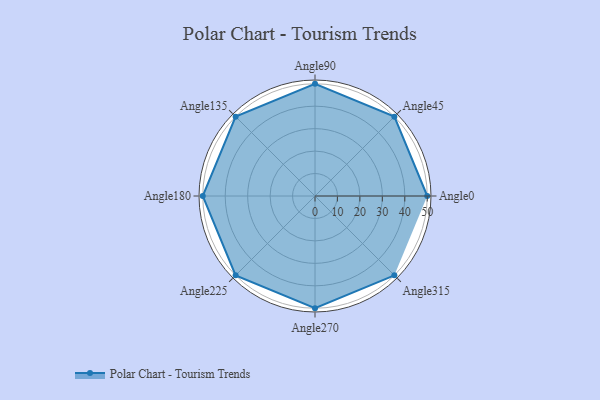
{"axis": {"x": "Angle", "y": "Radius"}, "legend": [""], "data": [{"x": "Angle0", "y": 50, "type": ""}, {"x": "Angle45", "y": 50, "type": ""}, {"x": "Angle90", "y": 50, "type": ""}, {"x": "Angle135", "y": 50, "type": ""}, {"x": "Angle180", "y": 50, "type": ""}, {"x": "Angle225", "y": 50, "type": ""}, {"x": "Angle270", "y": 50, "type": ""}, {"x": "Angle315", "y": 50, "type": ""}]}